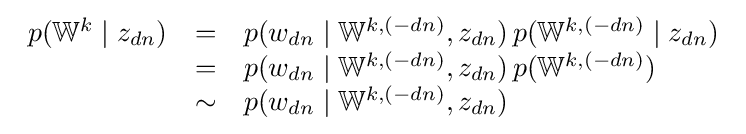
{\begin{array}{lcl}p(\mathbb {W} ^{k}\mid z_{dn})&=&p(w_{dn}\mid \mathbb {W} ^{k,(-dn)},z_{dn})\,p(\mathbb {W} ^{k,(-dn)}\mid z_{dn})\\&=&p(w_{dn}\mid \mathbb {W} ^{k,(-dn)},z_{dn})\,p(\mathbb {W} ^{k,(-dn)})\\&\sim &p(w_{dn}\mid \mathbb {W} ^{k,(-dn)},z_{dn})\end{array}}